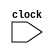
module snoop(clock);
	input clock;
	
	wire write_miss0, read_miss0, invalidate0, write_miss1, read_miss1, invalidate1, write_miss2, read_miss2, invalidate2;
	wire readwrite;
	wire [1:0] execpu, flag0, flag1, flag2;
	wire [2:0] memdata, address, data, mem_address0, mem_data0, mem_address1, mem_data1, mem_address2, mem_data2;
	wire [3:0] outcache0, outcache1, outcache2;
	
	sharedMem m(clock, flag0, flag1, flag2, mem_address0, mem_data0, mem_address1, mem_data1, mem_address2, mem_data2, memdata);

	cpu p0(clock, 2'b00, execpu, readwrite, address, data, 
			outcache1, outcache2, write_miss1, read_miss1, invalidate1, write_miss2, read_miss2, invalidate2, 
			memdata, outcache0, flag0, mem_address0, mem_data0, write_miss0, read_miss0, invalidate0);
	cpu p1(clock, 2'b01, execpu, readwrite, address, data,
			outcache0, outcache2, write_miss0, read_miss0, invalidate0, write_miss2, read_miss2, invalidate2,
			memdata, outcache1, flag1, mem_address1, mem_data1, write_miss1, read_miss1, invalidate1);
	cpu p2(clock, 2'b10, execpu, readwrite, address, data,
			outcache0, outcache1, write_miss0, read_miss0, invalidate0, write_miss1, read_miss1, invalidate1, 
			memdata, outcache2, flag2, mem_address2, mem_data2, write_miss2, read_miss2, invalidate2);
	
endmodule

	/*
			Todos os sinais (write_miss, read_miss e invalidate) tiveram que ser criados individualmente para cada CPU
		devido ao erro de compilao ao usar um nico como entrada e sada de todos os modulos, por isso existem 3
		(exemplo: invalidate0, invalidate1, invalidate2), e ai ficou bem cheio o cabeario dos modulos, mas a grande
		maioria  simplesmente a repetio do mesmo sinal, mas para cada um dos modulos.
			O dado que as caches compartilham (outcache) tambm teve este problema, tambm tendo 3.
		
	*/
	
module cpu(clock, self, 
		execpu, readwrite, address, data, 
		cachedata1, cachedata2, 
		write_miss1, read_miss1, invalidate1, 
		write_miss2, read_miss2, invalidate2, 
		memdata, outcache, flag, mem_address, mem_data, write_miss, read_miss, invalidate);

	input write_miss1, read_miss1, invalidate1, write_miss2, read_miss2, invalidate2; 
	input clock, readwrite; // qual a instruo a ser executada (read (0) ou write (1))
	input [1:0] self; // qual a cpu atual (p0, p1 ou p2)
	input [1:0] execpu; // em qual cpu ser executada a instruo (ex.: p0: read 1)
	input [2:0] address, data; // endereo/dado da instruo a se executar
	input [2:0] memdata; // dado que vem da memria principal, em caso de read miss e miss nas outras caches
	input [3:0] cachedata1, cachedata2; // dado que vem das outras caches, em caso de read miss


	
	reg finished, i; // finished = se acabou, i = bloco
	reg [1:0] estado; // estado atual (0, 1, 2 ou 3)
	reg [7:0] cache [1:0]; // cache
	
	output reg write_miss, read_miss, invalidate; // wb_block, wb_cache, mem_abort;
	output reg [1:0] flag;
	output reg [2:0] mem_address, mem_data;
	output reg [3:0] outcache;
	
	initial begin
		estado = 2'd0;
		cache[0] = 8'd0;
		cache[1] = 8'd0;
		mem_data = 3'd0;
		mem_address = 3'd0;
	end

	always @(posedge clock) begin
	
		if (estado == 2'd0) begin // resetar os sinais
			outcache = 4'b0000;
			flag = 2'b00;
			write_miss = 0;
			read_miss = 0;
			invalidate = 0;
			finished = 0;
		end

		if	(address <= 3'b011) // mapeamento: 0-3 cache[0], 4-8 cache[1]
			i = 0;
		else
			i = 1;

		if (self == execpu) begin // se essa  a mquina principal (que envia sinais)
			if (readwrite) begin // write
				if(cache[i][5:3] == address) begin // hit
					case (cache[i][7:6]) // estados
						2'd0 : // invalid
							begin
								write_miss = 1; // Place write miss on bus
								cache[i][7:6] = 2'b10; // > EXCLUSIVE
								cache[i][2:0] = data; // escrevendo o dado
								finished = 1;
							end
						2'd1 : // shared
							begin
								invalidate = 1; //Place invalidate on bus
								cache[i][7:6] = 2'b10; // > EXCLUSIVE
								cache[i][2:0] = data; // escrevendo o dado
								finished = 1;
							end
						2'd2 : // exclusivo
							begin
								cache[i][7:6] = 2'b10; // > EXCLUSIVE (continua)
								cache[i][2:0] = data; // escrevendo o dado
								finished = 1;
							end
					endcase
				end
				else begin // miss
					case (cache[i][7:6]) // estados
						2'd0 : // invalid
							begin
								write_miss = 1; //Place write miss on bus
								cache[i][7:6] = 2'b10; // > EXCLUSIVE
								cache[i][5:3] = address; // escrevendo o endereo
								cache[i][2:0] = data; // escrevendo o dado
								finished = 1;
							end
						2'd1 : // shared
							begin
								write_miss = 1; //Place write miss on bus
								cache[i][7:6] = 2'b10; // > EXCLUSIVE
								cache[i][5:3] = address; // escrevendo o endereo
								cache[i][2:0] = data; // escrevendo o dado
								finished = 1;
							end
						2'd2 : // exclusivo
							begin
								//wb_cache = 1; // Write-back cache block
								mem_address = cache[i][5:3]; // write-back address
								mem_data = cache[i][2:0]; // write-back data
								flag = 2'b10; // write on mem
								write_miss = 1; // Place write miss on bus
								cache[i][7:6] = 2'b10; // > EXCLUSIVE
								cache[i][5:3] = address; // escrevendo o endereo
								cache[i][2:0] = data; // escrevendo o dado
								finished = 1;
							end
					endcase
				end
			end
			else begin // read
				if(cache[i][5:3] == address) begin // hit
					case  (cache[i][7:6]) // estados
						2'd0 : // invalid
							begin
								read_miss = 1; //Place read miss on bus
								cache[i][5:3] = address; // escrevendo o endereo
								if(estado == 2'd2) begin 
									if(cachedata1[3] == 1) begin // se o dado for valido (bit de validade = 1)
										cache[i][2:0] = cachedata1[2:0]; // pegando o dado da outra cache
										cache[i][7:6] = 2'b01; // > SHARED
										finished = 1;
									end
									else if(cachedata2[3] == 1) begin // se o dado for valido (bit de validade = 1)
										cache[i][2:0] = cachedata2[2:0]; // pegando o dado da outra cache
										cache[i][7:6] = 2'b01; // > SHARED
										finished = 1;
									end
									else
										flag = 2'b01; // se no for valido o dado da cache, pede para a memria
								end
								else if(estado == 2'd3) begin
									cache[i][2:0] = memdata; // pegando o dado da memria principal
									cache[i][7:6] = 2'b01; // > SHARED
									finished = 1;
								end
							end
						2'd1 : // shared
							begin
								cache[i][7:6] = 2'b01; // > SHARED (continua)
								finished = 1;
							end
						2'd2 : // exclusivo
							begin
								cache[i][7:6] = 2'b10; // > EXCLUSIVE (continua)
								finished = 1;
							end
					endcase
				end
				else begin // miss
					case (cache[i][7:6]) // estados
						2'd0 : // invalid
							begin
								read_miss = 1; //Place read miss on bus
								cache[i][5:3] = address; // escrevendo o endereo
								if(estado == 2'd2) begin
									if(cachedata1[3] == 1) begin // se o dado for valido (bit de validade = 1)
										cache[i][2:0] = cachedata1[2:0]; // pegando o dado da outra cache
										cache[i][7:6] = 2'b01; // > SHARED
										finished = 1;
									end
									else if(cachedata2[3] == 1) begin // se o dado for valido (bit de validade = 1)
										cache[i][2:0] = cachedata2[2:0]; // pegando o dado da outra cache
										cache[i][7:6] = 2'b01; // > SHARED
										finished = 1;
									end
									else
										flag = 2'b01; // se no for valido o dado da cache, pede para a memria
								end
								else if(estado == 2'd3) begin
									cache[i][2:0] = memdata; // pegando o dado da memria principal
									cache[i][7:6] = 2'b01; // > SHARED
									finished = 1;
								end
							end
						2'd1 : // shared
							begin
								read_miss = 1; //Place read miss on bus
								cache[i][5:3] = address; // escrevendo o endereo
								if(estado == 2'd2) begin
									if(cachedata1[3] == 1) begin // se o dado for valido (bit de validade = 1)
										cache[i][2:0] = cachedata1[2:0]; // pegando o dado da outra cache
										finished = 1;
									end
									else if(cachedata2[3] == 1) begin // se o dado for valido (bit de validade = 1)
										cache[i][2:0] = cachedata2[2:0]; // pegando o dado da outra cache
										finished = 1;
									end
									else
										flag = 2'b01; // se no for valido o dado da cache, pede para a memria
								end
								else if(estado == 2'd3) begin
									cache[i][2:0] = memdata; // pegando o dado da memria principal
									finished = 1;
								end
							end
						2'd2 : // exclusivo
							//Para a thread principal: Se read miss, no tem como o dado tar Exclusivo, seno seria hit
							begin
								// escrevendo o dado na memria
								//wb_block = 1; // Write-back block
								mem_address = cache[i][5:3]; // write-back address
								mem_data = cache[i][2:0]; // write-back data
								flag = 2'b10; // write on mem
								//
								cache[i][5:3] = address; // escrevendo o endereo
								if(estado == 2'd2) begin
									if(cachedata1[3] == 1) begin // se o dado for valido (bit de validade = 1)
										cache[i][2:0] = cachedata1[2:0]; // pegando o dado da outra cache
										cache[i][7:6] = 2'b01; // > SHARED
										finished = 1;
									end
									else if(cachedata2[3] == 1) begin // se o dado for valido (bit de validade = 1)
										cache[i][2:0] = cachedata2[2:0]; // pegando o dado da outra cache
										cache[i][7:6] = 2'b01; // > SHARED
										finished = 1;
									end
									else
										flag = 2'b01; // se no for valido o dado da cache, pede para a memria
								end
								else if(estado == 2'd3) begin
									cache[i][2:0] = memdata; // pegando o dado da memria principal
									cache[i][7:6] = 2'b01; // > SHARED
									finished = 1;
								end
							end
					endcase
				end
			end
			end
		else if(estado == 2'd1 && cache[i][5:3] == address) begin // ou se essa  a thread secundaria (que recebe sinais), s executa se for no estado 1 e se o endereo for o mesmo da instruo
			case (cache[i][7:6])
				2'd0 : cache[i][7:6] = 2'd0; // invalid (no acontece nada)
				2'd1 : // shared
					begin
						if (read_miss1 || read_miss2) begin // Place read miss on bus
							cache[i][7:6] = 2'd1; // > SHARED (continua)
							outcache[3] = 1; // validar o dado
							outcache[2:0] = cache[i][2:0]; // exportar o dado
						end
						else begin
							if (write_miss1 || invalidate1 || write_miss2 || invalidate2) begin // Place write miss on bus or Place invalidate on bus
								cache[i][7:6] = 2'd0; // > INVALID
							end
						end
					end
				2'd2 : // exclusive
					begin
						if (read_miss1 || read_miss2) begin // Place read miss on bus
							// escrevendo o dado na memria
							//wb_block = 1; // Write-back block
							mem_address = cache[i][5:3]; // write-back address
							mem_data = cache[i][2:0]; // write-back data
							flag = 2'b10; // write on mem
							//
							//mem_abort = 1;
							outcache[3] = 1; // validar o dado
							outcache[2:0] = cache[i][2:0]; // exportar o dado
							cache[i][7:6] = 2'b01; // > SHARED
						end
						else begin
							if (write_miss1 ||  write_miss2) begin // Place write miss on bus
								// escrevendo o dado na memria
								//wb_block = 1; // Write-back block
								mem_address = cache[i][5:3]; // write-back address
								mem_data = cache[i][2:0]; // write-back data
								flag = 2'b10; // write on mem
								//
								//mem_abort = 1;
								cache[i][7:6] = 2'd0; // > INVALID
							end
						end
					end
			endcase
		end

		if (estado == 2'd0)
			estado = 2'd1;
		else if (estado == 2'd1)
			estado = 2'd2;
		else if(estado == 2'd2)
			estado = 2'd3;
		else if(estado == 2'd3)
			estado = 2'd0;
		
		if (finished == 1 && estado != 2'd1)
			estado = 2'd0;
		
		if (cache[i][5:3] != address && estado != 2'd1)
			estado = 2'd0;

	end // endalways
endmodule

module sharedMem(clock, flag0, flag1, flag2, tag0, datain0, tag1, datain1, tag2, datain2, memdata);
	//flag: 0 - nada;  1 - envia dado;  2 - escreve dado

	input clock;
	input [1:0] flag0, flag1, flag2;
	input [2:0] tag0, datain0, tag1, datain1, tag2, datain2;
	output reg [2:0] memdata;

	reg [2:0] self [7:0]; //(3) data

	initial begin // pode comear com outro valor
		self[0] = 3'b0;
		self[1] = 3'b0;
		self[2] = 3'b0;
		self[3] = 3'b0;
		self[4] = 3'b0;
		self[5] = 3'b0;
		self[6] = 3'b0;
		self[7] = 3'b0;
	end

	always @(posedge clock) begin
		if (flag0 == 2'b10) begin
			self[tag0] = datain0;
		end
		else if(flag1 == 2'b10) begin
			self[tag1] = datain1;
		end
		else if(flag2 == 2'b10) begin
			self[tag2] = datain2;
		end
		else if (flag0 == 2'b01) begin
			memdata = self[tag0];
		end
		else if (flag1 == 2'b01) begin
			memdata = self[tag1];
		end
		else if (flag2 == 2'b01) begin
			memdata = self[tag2];
		end
	end

endmodule


/* 

Estado 0 : 	thread primaria: execuo normal, envia sinais para as threads secundaria; se precisar de um dado (read miss), pede para as caches secundarias
		  threads secundarias: nada
Estado 1	:	thread primaria: nada
	     threads secundarias: recebe os sinais e executa; se necessrio e possuir, envia dados para a cache primaria
Estado 2 :	thread primaria: recebe o dado da cache; se for invalido/no satisfazer, pede para a memria principal
	     threads secundarias: nada
Estado 3 : 	thread primaria: recebe o dado da memria principal, e encerra a instruo
		  threads secundarias: nada

*/